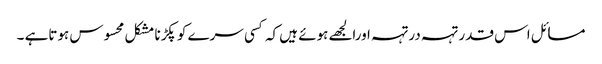
مسائل اس قدر تہہ درتہہ اورالجھے ہوئے ہیں کہ کسی سرے کو پکڑنا مشکل محسوس ہوتاہے ۔